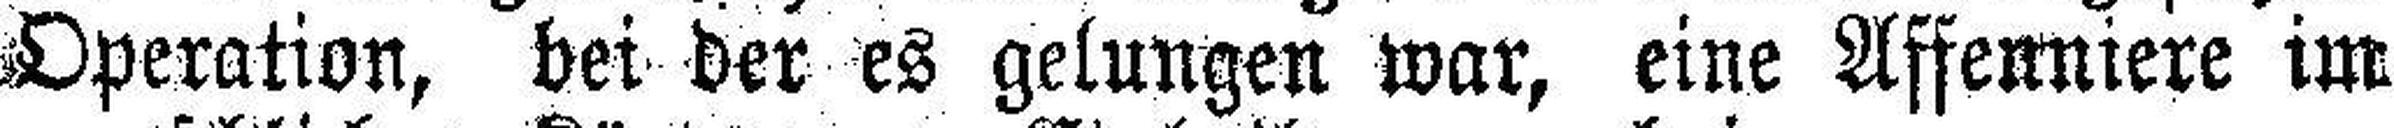
Operation, bei der es gelungen war, eine Affenniere im